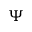
\Psi